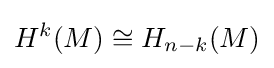
H^{k}(M)\cong H_{n-k}(M)